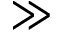
\gg